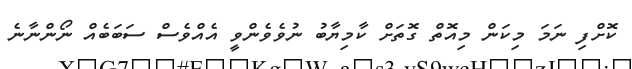
ކޮށްފި ނަމަ މިކަން މިއޮތް ގޮތަށް ކާމިޔާބު ނުވެވެންވީ އެއްވެސް ސަބަބެއް ނޯންނާނެ